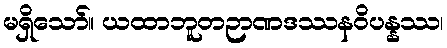
မရှိသော်။ ယထာဘူတဉာဏဒဿနဝိပန္နဿ၊